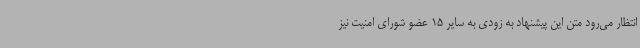
انتظار می‌رود متن این پیشنهاد به زودی به سایر 15 عضو شورای امنیت نیز